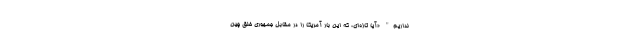
نداریم" «آیا تازه‌ای، که این بار آمریکا را در مقابل جمهوری خلق چین